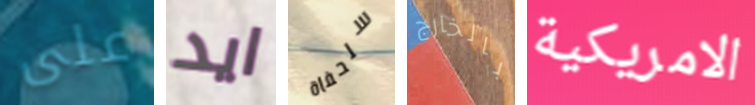
على ايد سلحفاة بالخارج الامريكية